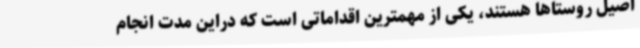
اصیل روستاها هستند، یکی از مهمترین اقداماتی است که دراین مدت انجام